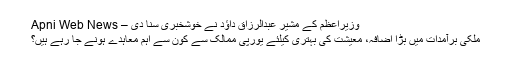
وزیراعظم کے مشیر عبدالرزاق داؤد نے خوشخبری سنا دی – Apni Web News
ملکی برآمدات میں بڑا اضافہ، معیشت کی بہتری کیلئے یورپی ممالک سے کون سے اہم معاہدے ہونے جا رہے ہیں؟